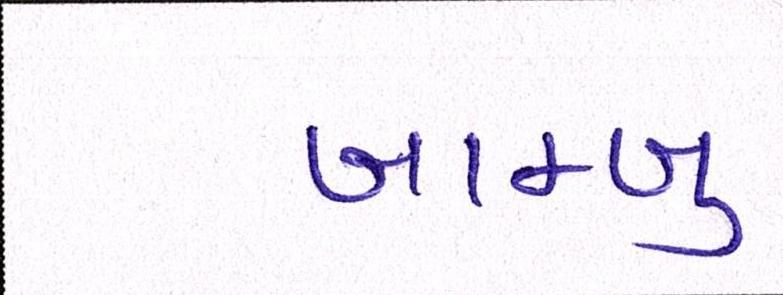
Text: બામ્બુ